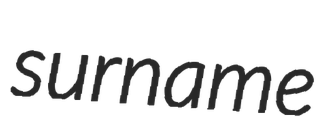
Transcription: surname